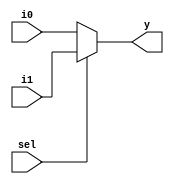
module mux21(
    input i0,
    input i1,
    input sel,
    output y
    );
reg y;
always @(i0,i1,sel)
begin
if(sel==0)
y = i0;
else
y = i1;
end

endmodule